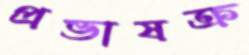
প্রভাষক্র